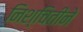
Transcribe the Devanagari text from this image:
निश्चितीने